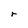
Character: r